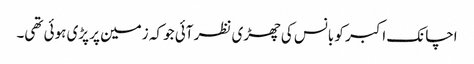
اچانک اکبر کو بانس کی چھڑی نظر آئی جو کہ زمین پر پڑی ہوئی تھی۔